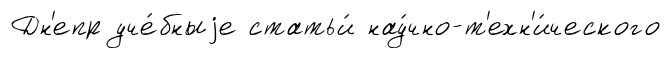
Дн'епр уче́бныjе статьи́ нау́чно-т'ехн'и́ческого